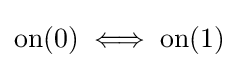
\mathrm {on} (0)\iff \mathrm {on} (1)